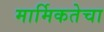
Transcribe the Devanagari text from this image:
मार्मिकतेचा